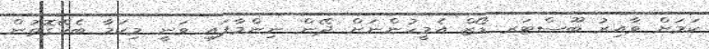
ކަމަށް ވާއިރު ބޫސްޓަރ ޑޯޒް އެމީހުންނަށް ދޭން ނިންމާފައި ވަނީ މިކަމާ ބެހޭގޮތުން